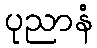
ပုညာနံ